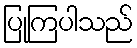
ပြုကြပါသည်